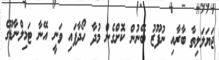
ޖަޔަލަލިތާ ބާރާއި ނުފޫޒު ބޭނުން ކޮށްގެން މުދާ ހޯދާފައި ވަނީ އޭނާ ޓަމިލްނާޑޫގެ